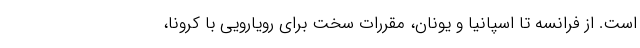
است. از فرانسه تا اسپانیا و یونان، مقررات سخت برای رویارویی با کرونا،